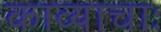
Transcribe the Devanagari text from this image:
काव्याचाः